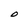
Character: O